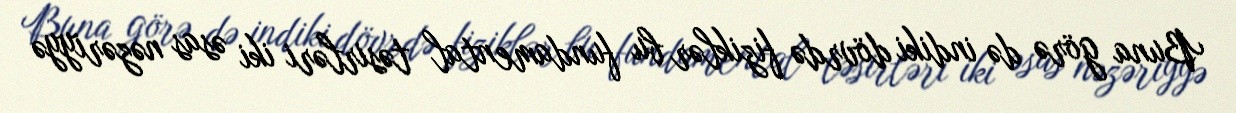
Buna görə də indiki dövrdə fiziklər bu fundamental təsirləri iki əsas nəzəriyyə